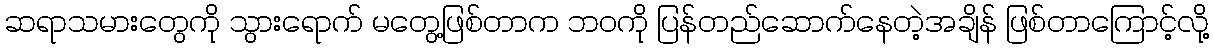
ဆရာသမားတွေကို သွားရောက် မတွေ့ဖြစ်တာက ဘဝကို ပြန်တည်ဆောက်နေတဲ့အချိန် ဖြစ်တာကြောင့်လို့